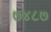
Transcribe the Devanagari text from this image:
७४८७